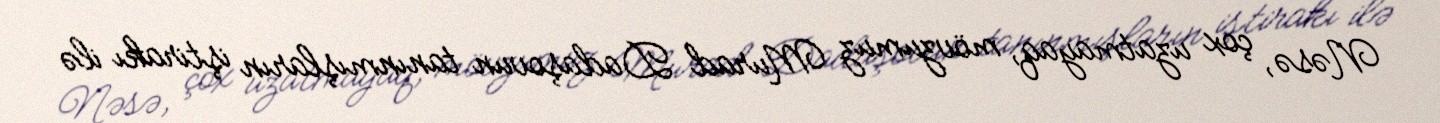
Nəsə, çox uzatmayaq, mövzumuz Murad Dadaşovun tanınmışların iştirakı ilə